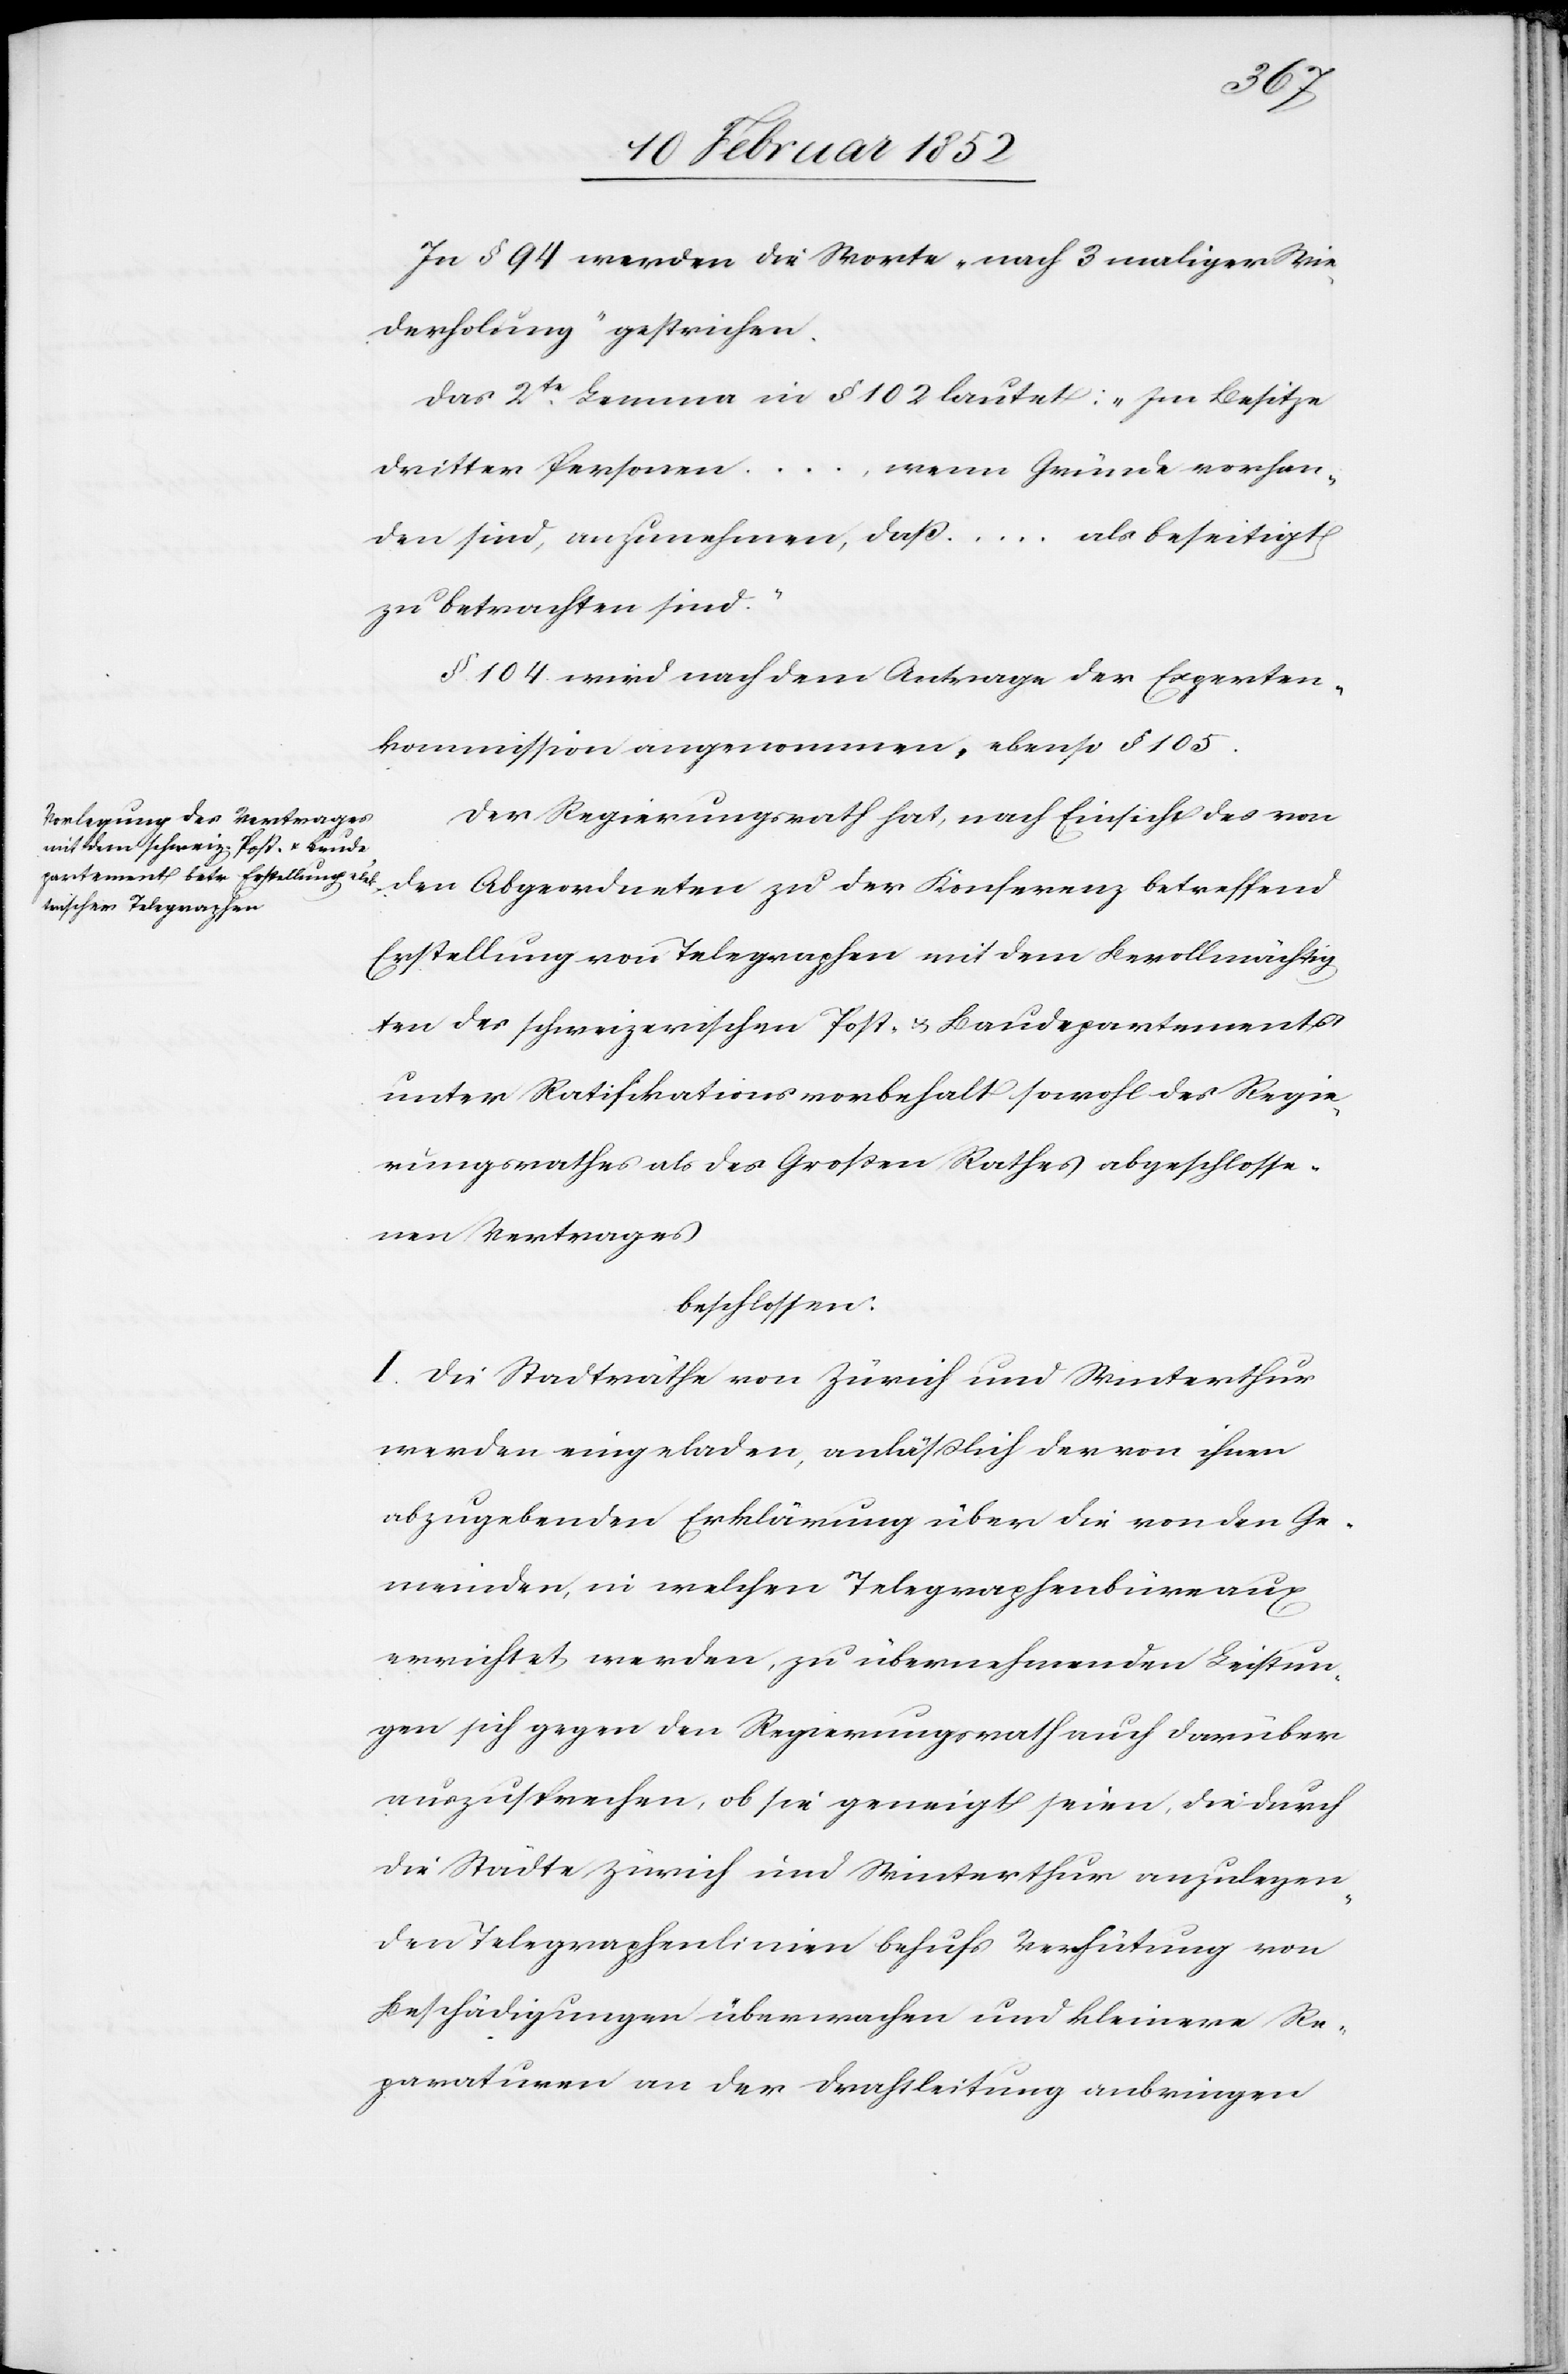
In § 94 werden die Worte „nach 3 maliger Wie¬
derholung“ gestrichen.
Das 2te Lemma in § 102 lautet: „Im Besitze
dritter Personen ..., wenn Gründe vorhan¬
den sind, anzunehmen, daß ... als beseitigt
zu betrachten sind.“
§ 104 wird nach dem Antrage der Experten¬
kommission angenommen, ebenso § 105.
Der Regierungsrath hat, nach Einsicht des von
den Abgeordneten zu der Konferenz betreffend
Erstellung von Telegraphen mit dem Bevollmächtig¬
ten des schweizerischen Post- u. Baudepartements
unter Ratifikationsvorbehalt sowohl des Regie¬
rungsrathes als des Großen Rathes abgeschlosse¬
nen Vertrages
beschlossen:
I. Die Stadträthe von Zürich und Winterthur
werden eingeladen, anläßlich der von ihnen
abzugebenden Erklärung über die von den Ge¬
meinden, in welchen Telegraphenbüreaux
errichtet werden, zu übernehmenden Leistun¬
gen sich gegen den Regierungsrath auch darüber
auszusprechen, ob sie geneigt seien, die durch
die Städte Zürich und Winterthur anzulegen¬
den Telegraphenlinien behufs Verhütung von
Beschädigungen übermachen und kleinere Re¬
paraturen an der Drahtleitung anbringen